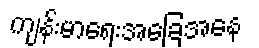
ကျန်းမာရေးအခြေအနေ